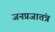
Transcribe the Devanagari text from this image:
जनप्रजातंत्र